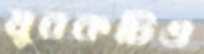
যুবকটিও